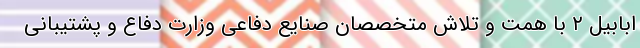
ابابیل ۲ با همت و تلاش متخصصان صنایع دفاعی وزارت دفاع و پشتیبانی